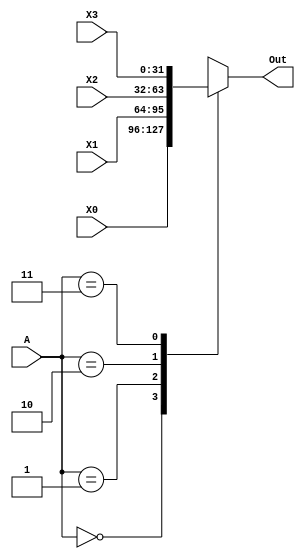
`timescale 1ns / 1ps
//////////////////////////////////////////////////////////////////////////////////
// Company: 
// Engineer: 
// 
// Design Name: 
// Module Name:    MUX 
// Project Name: 
// Target Devices: 
// Tool versions: 
// Description: 
//
// Dependencies: 
//
// Revision: 
// Revision 0.01 - File Created
// Additional Comments: 
//
//////////////////////////////////////////////////////////////////////////////////
module MUX(A,X0,X1,X2,X3,Out);//non-clocked mux 
input [1:0] A; 
input [31:0] X3,X2,X1,X0; 
output [31:0] Out; 
 
reg [31:0] Out; 
 
always@(A,X3,X2,X1,X0) 
begin 
  case(A) 
      2'b00: 
        Out <= X0; 
      2'b01: 
        Out <= X1; 
      2'b10: 
        Out <= X2; 
      2'b11: 
        Out <= X3; 
  endcase 
end 
 
endmodule